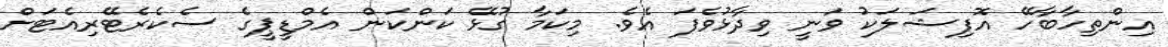
އިންތިހާބާހޭ އޮފިޝަލަކު ވަނީ ވިދާޅުވެފަ އެވެ. މިކަމާ ގުޅޭ ކަންކަން އެމްޑީޕީގެ ސެކެރެޓޭރިއެޓަށް